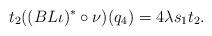
LaTeX: \begin{align*}t_2((BL\iota)^\ast \circ\nu)(q_4)=4\lambda s_1t_2.\end{align*}